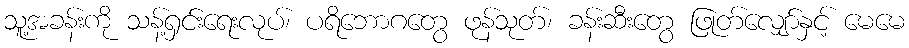
သူ့အခန်းကို သန့်ရှင်းရေးလုပ်၊ ပရိဘောဂတွေ ဖုန်သုတ်၊ ခန်းဆီးတွေ ဖြုတ်လျှော်နှင့် မေမေ